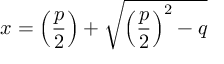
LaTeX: x = \left( { \frac { p } { 2 } } \right) + { \sqrt { \left( { \frac { p } { 2 } } \right) ^ { 2 } - q } }